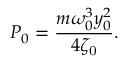
P _ { 0 } = \frac { m \omega _ { 0 } ^ { 3 } y _ { 0 } ^ { 2 } } { 4 \zeta _ { \mathrm { 0 } } } .